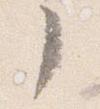
了